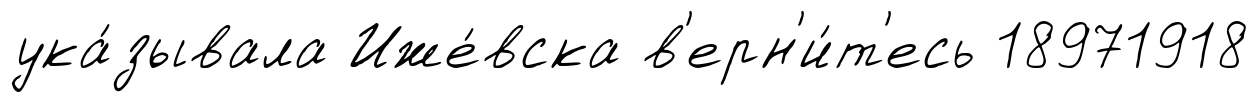
ука́зывала Иже́вска в'ерн'и́т'есь 18971918